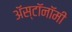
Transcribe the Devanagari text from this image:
ॲस्टॉनॉमी